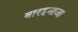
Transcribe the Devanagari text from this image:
बारहनाजा